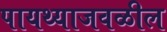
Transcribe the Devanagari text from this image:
पायथ्याजवळील